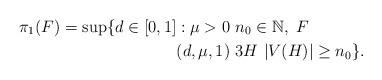
LaTeX: \begin{align*}\pi_{1}(F) = \sup \{ d\in [0,1] & : \mu>0 \ n_0\in \mathbb{N},\ F \\&(d,\mu,1)~ 3 H\ |V(H)|\geq n_0 \}.\end{align*}